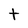
Character: t